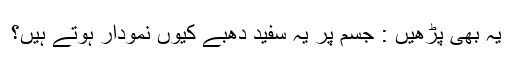
یہ بھی پڑھیں : جسم پر یہ سفید دھبے کیوں نمودار ہوتے ہیں؟